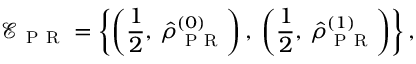
\mathcal { E } _ { \mathrm { ~ P ~ R ~ } } = \left\{ \left( \frac { 1 } { 2 } , \, \hat { \rho } _ { \mathrm { ~ P ~ R ~ } } ^ { ( 0 ) } \right) , \: \left( \frac { 1 } { 2 } , \, \hat { \rho } _ { \mathrm { ~ P ~ R ~ } } ^ { ( 1 ) } \right) \right\} ,